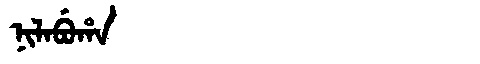
Manchu: ᠨᡳᠯᠠᠪᡠᡥᠠ
Romanization: NILABUHA